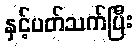
နှင့်ပတ်သက်ပြီး